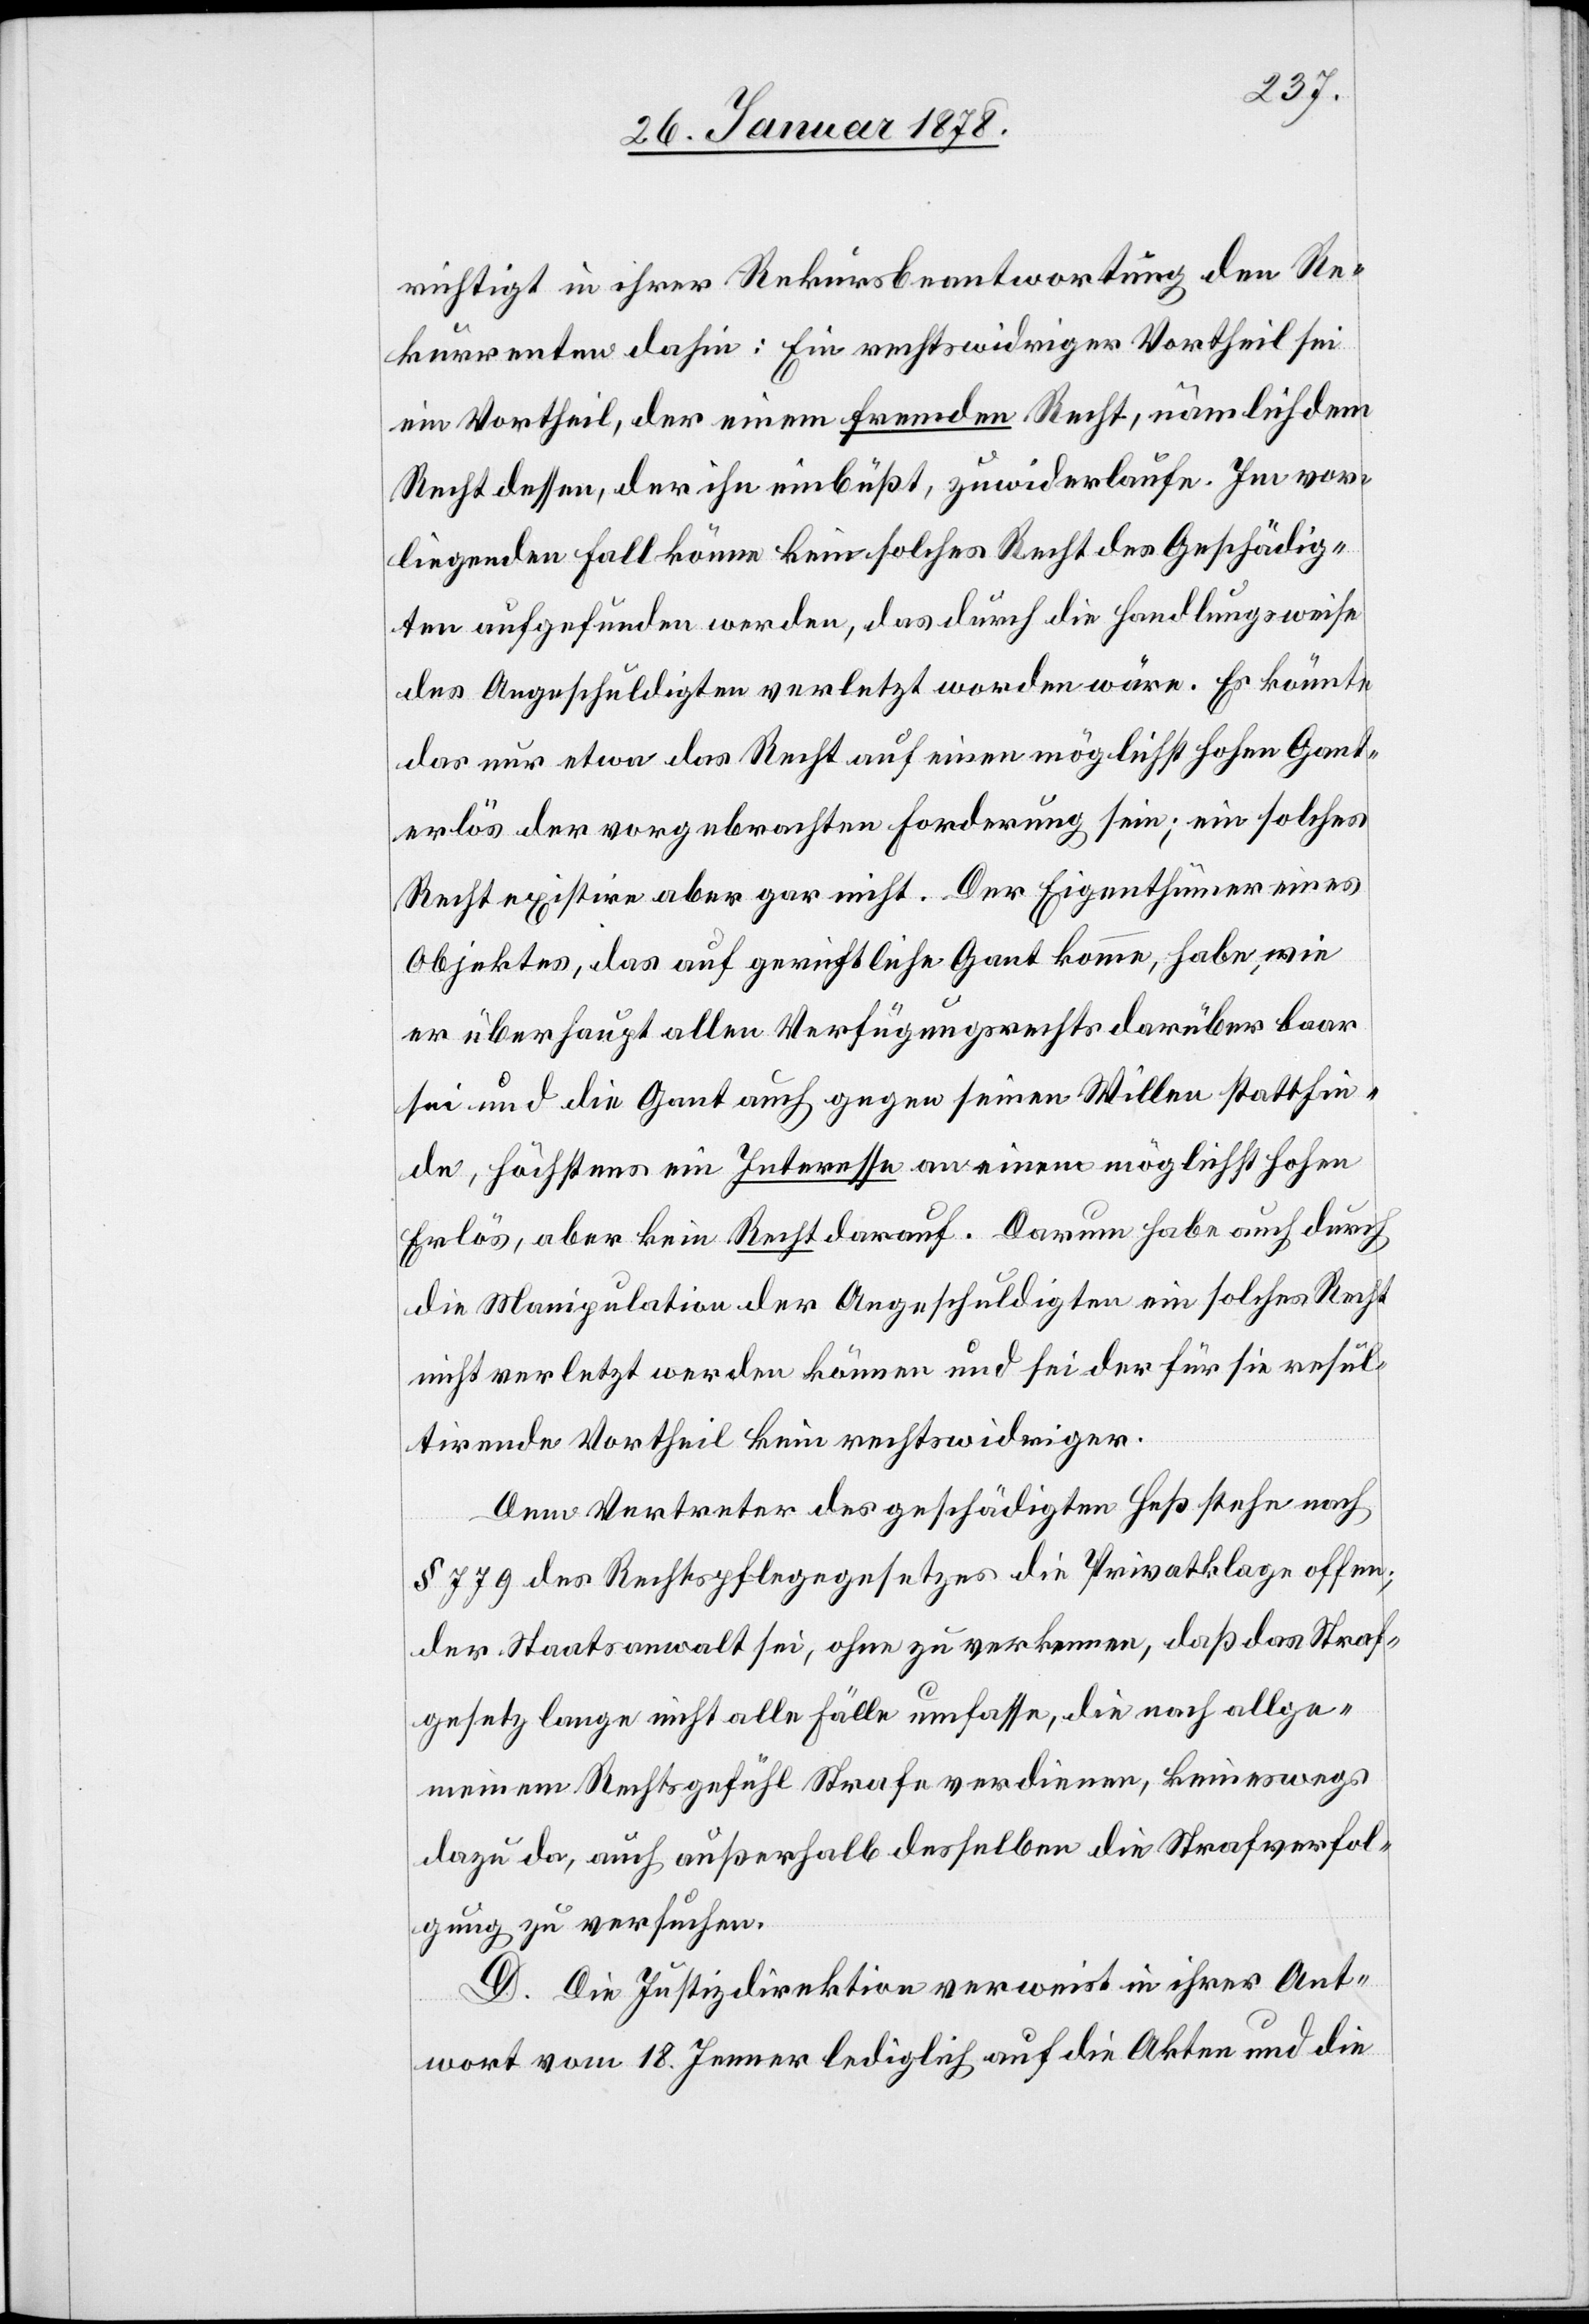
richtigt in ihrer Rekursbeantwortung den Re¬
kurrenten dahin: Ein rechtswidriger Vortheil sei
ein Vortheil, der einem fremden Recht, nämlich dem
Recht dessen, der ihn einbüßt, zuwiderlaufe. Im vor¬
liegenden Fall könne kein solches Recht des Geschädig¬
ten aufgefunden werden, das durch die Handlungsweise
des Angeschuldigten verletzt worden wäre. Es könnte
das nur etwa das Recht auf einen möglichst hohen Gant¬
erlös der vorgebrachten Forderung sein; ein solches
Recht existire aber gar nicht. Der Eigenthümer eines
Objektes, das auf gerichtliche Gant komme, habe, wie
er überhaupt allen Verfügungsrechts darüber baar
sei und die Gant auch gegen seinen Willen stattfin¬
de, höchstens ein Interesse an einem möglichst hohen
Erlös, aber kein Recht darauf. Darum habe auch durch
die Manipulation des Angeschuldigten ein solches Recht
nicht verletzt werden können und sei der für sie resul¬
tirende Vortheil kein rechtswidriger.
Dem Vertreter des geschädigten Heß stehe nach
§ 779 des Rechtspflegegesetzes die Privatklage offen;
der Staatsanwalt sei, ohne zu verkennen, daß das Straf¬
gesetz lange nicht alle Fälle umfasse, die nach allge¬
meinem Rechtsgefühl Strafe verdienen, keineswegs
dazu da, auch außerhalb desselben die Strafverfol¬
gung zu versuchen.
D. Die Justizdirektion verweist in ihrer Ant¬
wort vom 18. Jenner lediglich auf die Akten und die